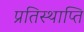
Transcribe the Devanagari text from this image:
प्रतिस्थाप्ति